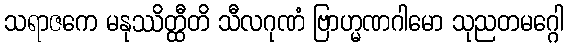
သရာဇကေ မနုဿိတ္ထီတိ သီလဂုဏံ ဗြာဟ္မဏဂါမော သုညတမဂ္ဂေါ